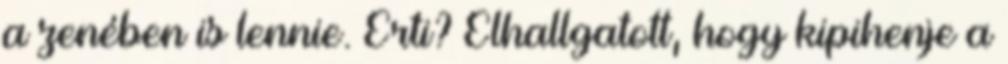
a zenében is lennie. Érti? Elhallgatott, hogy kipihenje a